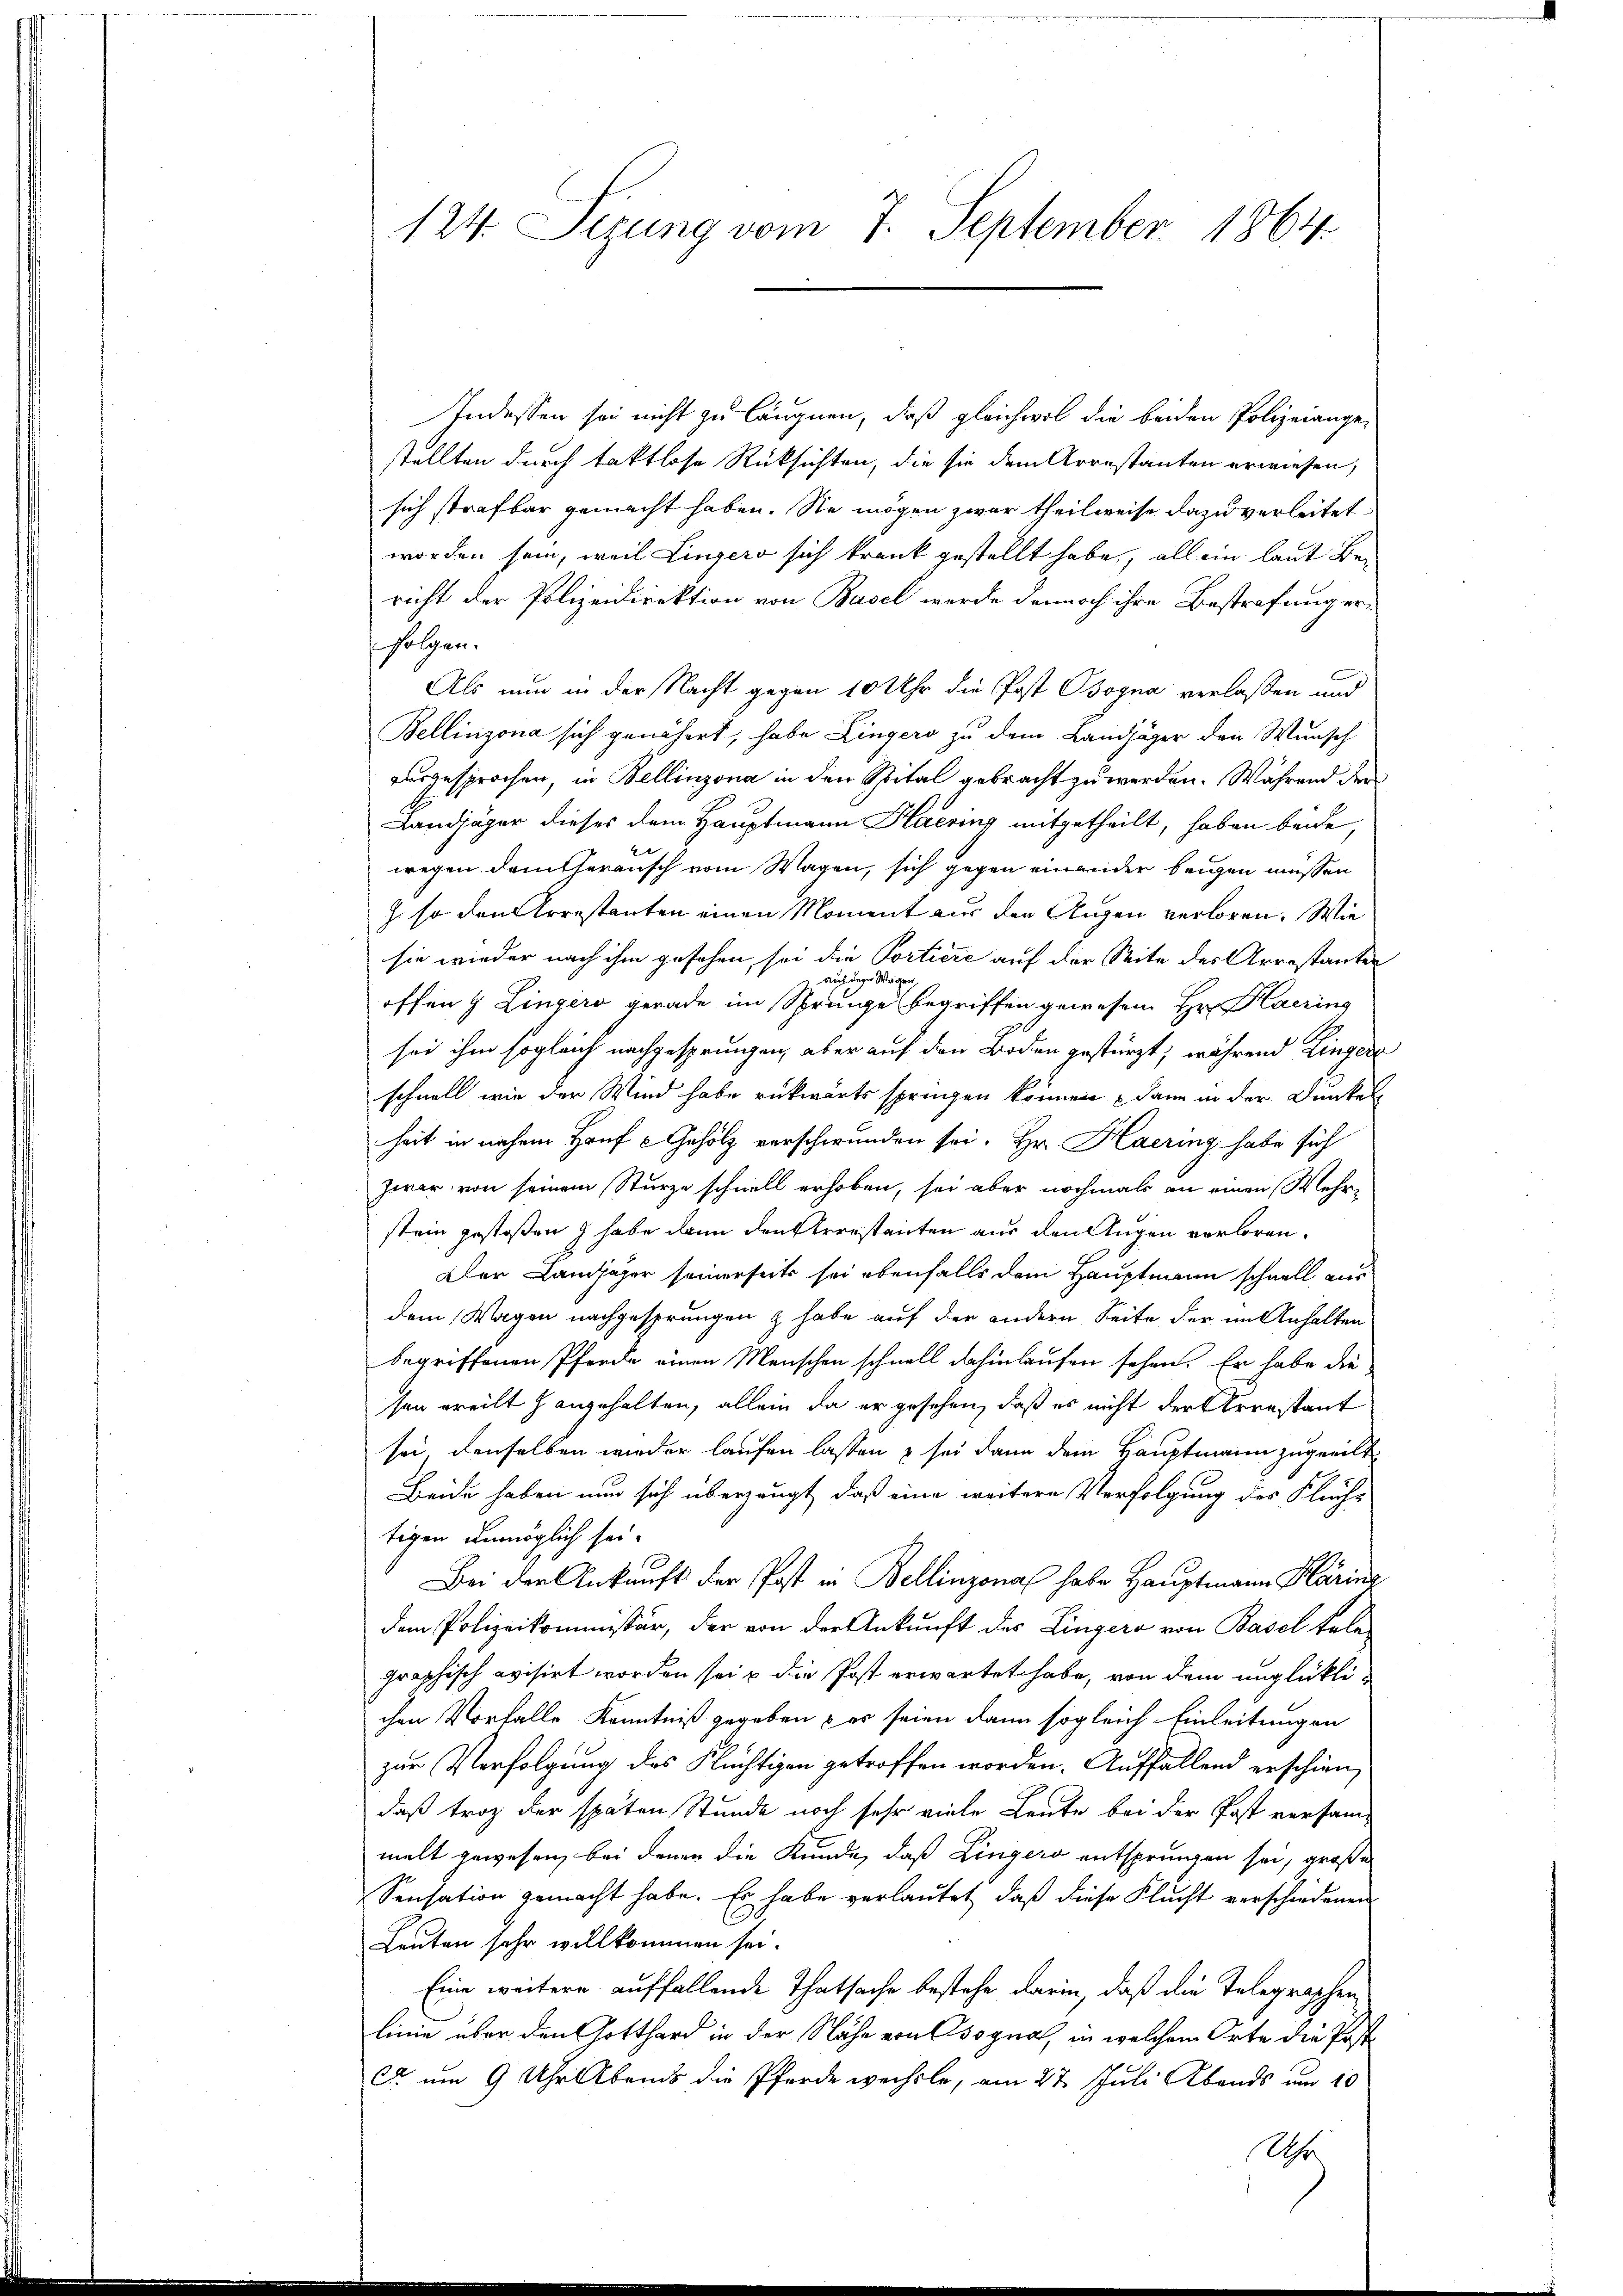
124. Sezung vom 7. September 1864

Indessen sei nicht zu läugnen, daß gleichwol die beiden Polizeiange-
stellten durch taktlose Rücksichten, die sie dem Arrestanten erwiesen,
sich strafbar gemacht haben. Sie mögen zwar theilweise dazu verleitet.
worden sein, weil Lingers sich krank gestellt habe, allein laut Bericht der Polizeidirektion von Basel werde dennoch ihre Bestrafung erfolgen.
Als nun in der Nacht gegen 10 Uhr die Post Bogna verlassen und
Bellinzona sich genähert, habe Lingers zu dem Landjäger den Wunsch
ausgesprochen, in Bellinzona in den Spital gebracht zu werden. Während der
Landjäger dieses dem Hauptmann Haering mitgetheilt, haben beide,
2
wegen dem herausch vom Wagen, sich gegen einander beigen müssen
J. so den Arrestanten einen Moment aus den Augen verloren. Wie
sie wieder nach ihm gesehen, sei die Portiere auf der Seite des Arrestanten
aus dem Weige
offen & Lingers gerade im Springe begriffen gewesen. Hr. Haering
sei ihm sogleich nachgesprungen, aber auf den Boden gestürzt, während Zingere
schnell wie der Wind habe rückwärts springen können – dann in der Dunkel
heit in nahem Hanf u Gehölz verschwunden sei. Hr. Haering habe sich
zwar von seinem Sturze schnell erhoben, sei aber nochmals an einen Mehr-
stein gestoßen habe dann densterestanten aus den Augen verloren¬
Der Landjäger seinerseits sei ebenfalls dem Hauptmann schnell aus
dem Wagen nachgesprungen & habe auf der andern Seite der im Anhalten
begriffenen Pferde einen Menschen schnell dahinlaufen sehen. Er habe die
sen ereilt hangehalten, allein da er gesehen, daß es nicht der Arrestant
sei, denselben wieder laufen lassen & sei dann dem Hauptmann zugeeilt
Beide haben nun sich überzeugt, daß eine weitere Verfolgung des Flüchtigen unmöglich sei.
Bei der Ankauft der Post in Bellinzona habe Hauptmann Klärinz
dem Polizeikommissär, der von der Ankunft des Lingers von Basel tele
graphisch evisirt worden sei & die Post erwartet habe, von dem unglücklichen Vorfalle Kenntniß gegeben – er seien dann sogleich Einleitungen
zur Verfolgung des Flüchtigen getroffen worden. Auffallend erschien,
daß troz der späten Stunde noch sehr viele Leute bei der Post versammelt gewesen, bei denen die Kunde, daß Lingers entsprungen sei, große
Sensation gemacht habe. Es habe verlautet, daß diese Flucht verschiedenen
Leuten sehr willkommen sei.
Eine weitere auffallende Thatsache bestehe darin, daß die Telegraphen
linie über den Gotthard in der Nähe von Osogna, in welchem Orte die Postet um 9 Uhr Abends die Pferde wechsle, am 27. Juli Abends um 10
Uhr